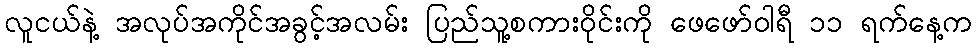
လူငယ်နဲ့ အလုပ်အကိုင်အခွင့်အလမ်း ပြည်သူ့စကားဝိုင်းကို ဖေဖော်ဝါရီ ၁၁ ရက်နေ့က